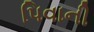
પિવાની